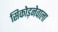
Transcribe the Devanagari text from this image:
सिकोड़नेवाला